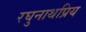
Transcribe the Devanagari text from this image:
रघुनाथप्रिय